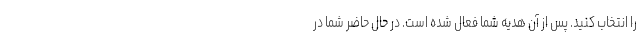
را انتخاب کنید. پس از آن هدیه شما فعال شده است. در حال حاضر شما در